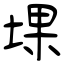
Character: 堁